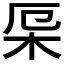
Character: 𣐃